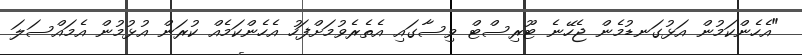
"އެހެންކަމުން އަޅުގަނޑުމެން ޖެހޭނެ ޓޫރިސްޓް ވިސާގައި އެތެރެވުމަށްފަހު އެހެންކަމެއް ކުރަން އުޅުމުން އެމައްސަލަ